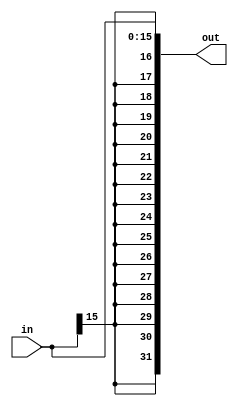
`timescale 1ns / 1ps

module signExtend(
	input wire [15 : 0] in,
	
	output reg [31 : 0] out
    );
	
	integer i;
	
	always @(*)
		begin
			for(i = 31; i > 15; i = i - 1)
			begin
				out[i] = in[15];
				out[i - 16] = in[i - 16];
			end
		end
endmodule